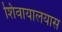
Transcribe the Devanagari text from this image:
शिवायालयास